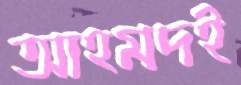
আহমদই